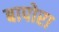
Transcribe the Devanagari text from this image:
बापोरा